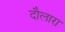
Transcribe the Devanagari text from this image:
दौलारा